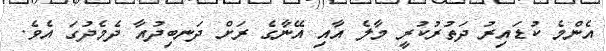
އެންމެ ކުޑައިރު ދަތުރުކުރީ މާލެ އާއި އޭނާގެ ރަށް ދަނބިދުއާ ދެމެދުގަ އެވެ.